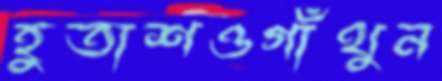
হুতাশওগাঁথুন